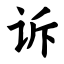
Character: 诉